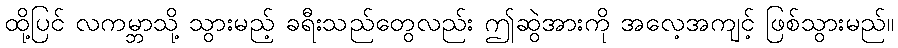
ထို့ပြင် လကမ္ဘာသို့ သွားမည့် ခရီးသည်တွေလည်း ဤဆွဲအားကို အလေ့အကျင့် ဖြစ်သွားမည်။